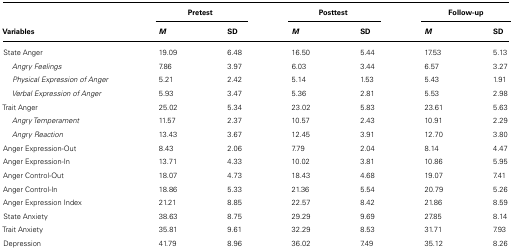
<table><thead><tr><td></td><td colspan="2"><b>Pretest</b></td><td colspan="2"><b>Posttest</b></td><td colspan="2"><b>Follow-up</b></td></tr><tr><td><b>Variables</b></td><td><b><i>M</i></b></td><td><b>SD</b></td><td><b><i>M</i></b></td><td><b>SD</b></td><td><b><i>M</i></b></td><td><b>SD</b></td></tr></thead><tbody><tr><td>State Anger</td><td>19.09</td><td>6.48</td><td>16.50</td><td>5.44</td><td>17.53</td><td>5.13</td></tr><tr><td><i>Angry Feelings</i></td><td>7.86</td><td>3.97</td><td>6.03</td><td>3.44</td><td>6.57</td><td>3.27</td></tr><tr><td><i>Physical Expression of Anger</i></td><td>5.21</td><td>2.42</td><td>5.14</td><td>1.53</td><td>5.43</td><td>1.91</td></tr><tr><td><i>Verbal Expression of Anger</i></td><td>5.93</td><td>3.47</td><td>5.36</td><td>2.81</td><td>5.53</td><td>2.98</td></tr><tr><td>Trait Anger</td><td>25.02</td><td>5.34</td><td>23.02</td><td>5.83</td><td>23.61</td><td>5.63</td></tr><tr><td><i>Angry Temperament</i></td><td>11.57</td><td>2.37</td><td>10.57</td><td>2.43</td><td>10.91</td><td>2.29</td></tr><tr><td><i>Angry Reaction</i></td><td>13.43</td><td>3.67</td><td>12.45</td><td>3.91</td><td>12.70</td><td>3.80</td></tr><tr><td>Anger Expression-Out</td><td>8.43</td><td>2.06</td><td>7.79</td><td>2.04</td><td>8.14</td><td>4.47</td></tr><tr><td>Anger Expression-In</td><td>13.71</td><td>4.33</td><td>10.02</td><td>3.81</td><td>10.86</td><td>5.95</td></tr><tr><td>Anger Control-Out</td><td>18.07</td><td>4.73</td><td>18.43</td><td>4.68</td><td>19.07</td><td>7.41</td></tr><tr><td>Anger Control-In</td><td>18.86</td><td>5.33</td><td>21.36</td><td>5.54</td><td>20.79</td><td>5.26</td></tr><tr><td>Anger Expression Index</td><td>21.21</td><td>8.85</td><td>22.57</td><td>8.42</td><td>21.86</td><td>8.59</td></tr><tr><td>State Anxiety</td><td>38.63</td><td>8.75</td><td>29.29</td><td>9.69</td><td>27.85</td><td>8.14</td></tr><tr><td>Trait Anxiety</td><td>35.81</td><td>9.61</td><td>32.29</td><td>8.53</td><td>31.71</td><td>7.93</td></tr><tr><td>Depression</td><td>41.79</td><td>8.96</td><td>36.02</td><td>7.49</td><td>35.12</td><td>8.26</td></tr></tbody></table>